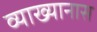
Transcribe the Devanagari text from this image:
व्याख्यानास